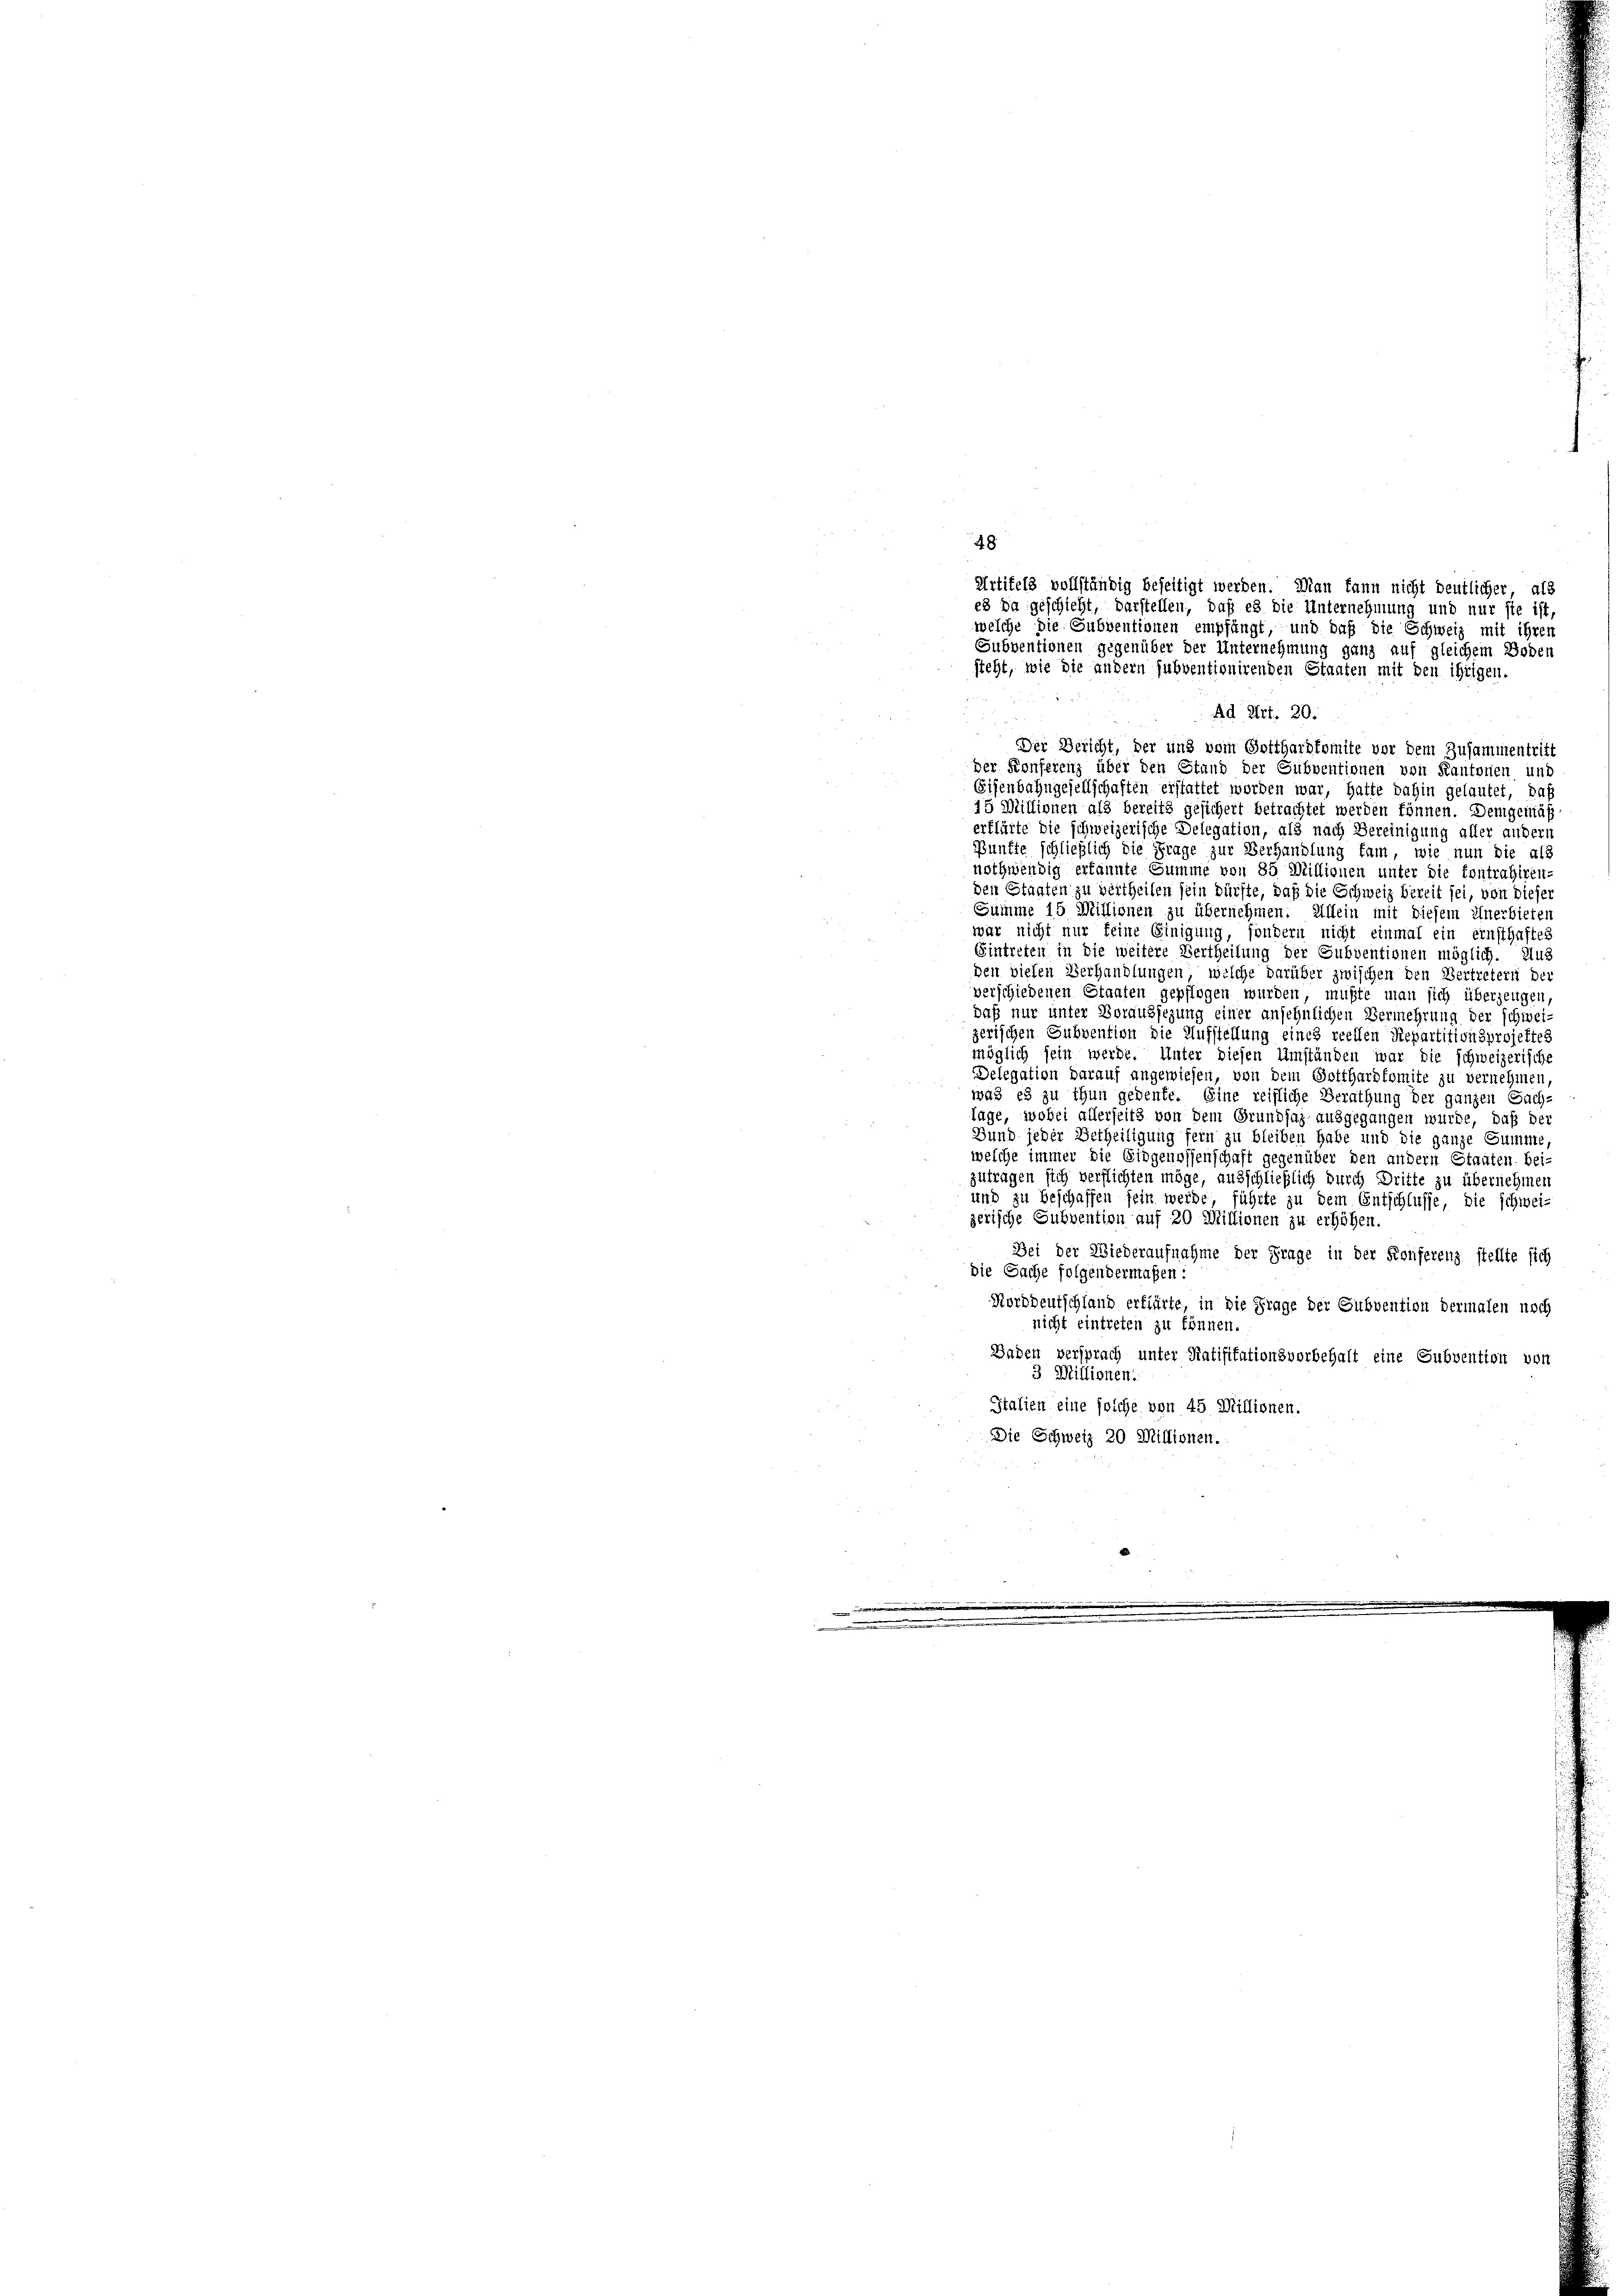
Ad Art. 20.
Der Bericht, der und vom Gotthardkomite vor dem Zusammentritt
der Konferenz über den Stand der Subventionen von Kantonen und
Eisenbahngesellschaften erstattet worden war, hatte dahin gelautet, daß
15 Millionen als bereits gesichert betrachtet werden können. Demgemäß
erklärte Sie schweizerische Delegation, als nach Bereinigung aller andern
Pünfte schließlich die Frage zur Verhandlung kam, wie nun die als
nothwendig erkannte Summe von 85 Millionen unter die Contrahiren-
den Staaten zu vertheilen sein dürfte, daß die Schweiz bereit sei, von dieser
Summe 15 Millionen zu übernehmen. Allein mit Diesem Unerbieten
war nicht nur feine Einigung, sondern nicht einmal ein einsthaftes
Eintreten in die weitere Vertheilung der Subventionen möglich. Auf
den vielen Verhandlungen, welche darüber zwischen den Vertretern der
verschiedenen Staaten gepflogen wurden, mußte man sich überzeugen,
Daß nur unter Voraussezung einer ansehnlichen Vermehrung der schwei-
zerischen Subvention die Aufstellung eines reellen Repartitionsprojektes
möglich sein werde. Unter diesen Umständen war die schweizerische
Delegation darauf angewiesen, von dem Gotthardkomite zu vernehmen
was es zu thun gedente. Eine reifliche Berathung der ganzen Sach-
lage, wobei allerseits von dem Grundsaz ausgegangen wurde, daß der
Bund jeder Betheiligung fein zu bleiben habe und die ganze Summe,
welche immer die Eidgenossenschaft gegenüber den andern Staaten bei-
zutragen sich verflichten möge, ausschließlich durch Dritte zu übernehmen
und zu beschaffen fein werde, führte zu dem Entschlüsse, die schwei-
zerische Subvention auf 20 Millionen zu erhöhen.
Bei der Wiederaufnahme der Frage in der Konferenz stellte sich
die Sache folgendermaßen:
Norddeutschland erklärte, in die Frage der Subvention dermalen noch
nicht eintreten zu können.
Baden versprach unter Ratifikationsvorbehalt eine Subvention von
3 Millionen.
Italien eine solche von 45 Millionen.
Die Schweiz 20 Millionen.

48

Artikels vollständig beseitigt werden. Man kann nicht deutlicher, als
e3 da geschieht, darstellen, daß es die Unternehmung und nur sie ist,
welche die Subventionen empfängt, und daß die Schweiz mit ihren
Subventionen gegenüber der Unternehmung ganz auf gleichem Boden
steht, wie die andern subventionirenden Staaten mit den ihrigen.